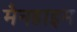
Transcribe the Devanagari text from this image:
मैनहाइम